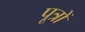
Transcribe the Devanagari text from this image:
पूत्रों